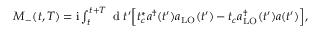
\begin{array} { r } { M _ { - } ( t , T ) = \mathrm { i } \int _ { t } ^ { t + T } \textrm { d } t ^ { \prime } \Bigl [ t _ { c } ^ { * } a ^ { \dagger } ( t ^ { \prime } ) a _ { \mathrm { L O } } ( t ^ { \prime } ) - t _ { c } a _ { \mathrm { L O } } ^ { \dagger } ( t ^ { \prime } ) a ( t ^ { \prime } ) \Bigr ] , } \end{array}